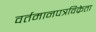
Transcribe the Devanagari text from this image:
वर्तमानपत्रविक्रेता